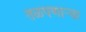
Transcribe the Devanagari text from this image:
तळपणाऱ्या